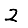
Digit: 2